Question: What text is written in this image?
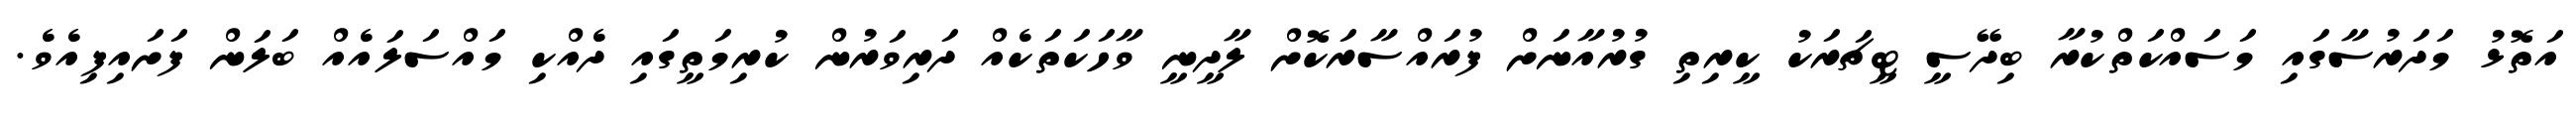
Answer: އަތޮޅު މަދަރުސާގައި މަސައްކަތްކުރާ ބިދޭސީ ޓީޗަރަކު ކީރިތި ގުރުއާނަށް ފުރައްސާރަކޮށް ލާދީނީ ވާހަކަތަކެއް ދަރިވަރުން ކުރިމަތީގައި ދެއްކި މައްސަލައެއް ބަލަން ފަށައިފިއެވެ.